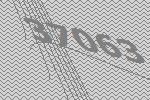
37063